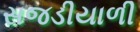
સજડીયાળી